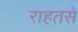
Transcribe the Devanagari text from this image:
राहतसे